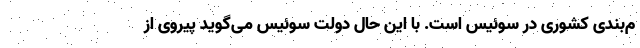
م‌بندی کشوری در سوئیس است. با این حال دولت سوئیس می‌گوید پیروی از